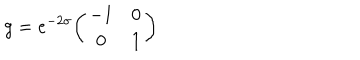
LaTeX: g = e ^ { - 2 \sigma } { \left( \begin{matrix} { { - 1 } } & { { 0 } } \\ { { 0 } } & { { 1 } } \\ \end{matrix} \right) }